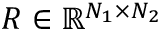
R \in \mathbb { R } ^ { N _ { 1 } \times N _ { 2 } }